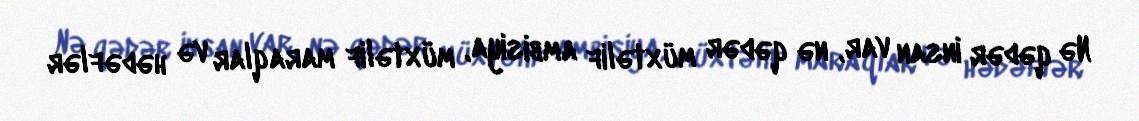
Nə qədər insan var, nə qədər müxtəlif ambisiya, müxtəlif maraqlar və hədəflər